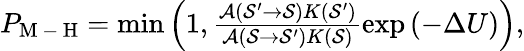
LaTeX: \begin{array}{r}{P_{\mathrm{M\mathrm{~-~}H}}=\operatorname*{min}\left(1,\frac{\mathcal{A}(\mathcal{S^{\prime}}\rightarrow\mathcal{S})K(\mathcal{S^{\prime}})}{\mathcal{A}(\mathcal{S}\rightarrow\mathcal{S^{\prime}})K(\mathcal{S})}\exp\left(-\Delta U\right)\right),}\end{array}